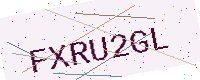
Text: FXRU2GL